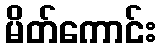
မိတ်ကောင်း